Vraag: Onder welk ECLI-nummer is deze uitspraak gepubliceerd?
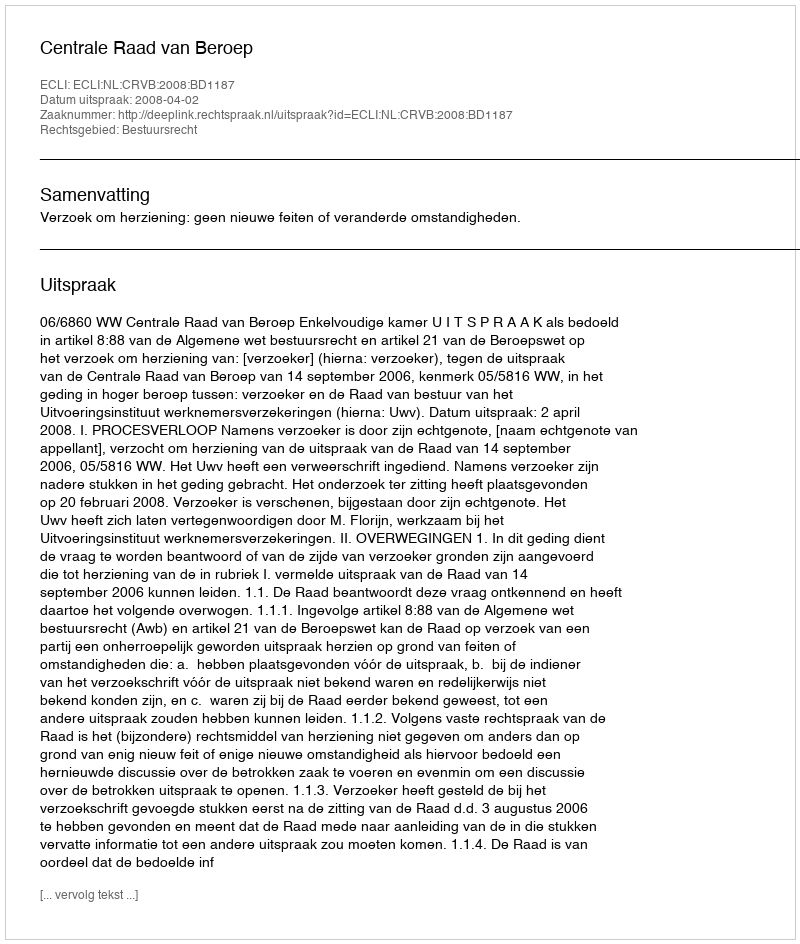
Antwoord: ECLI:NL:CRVB:2008:BD1187